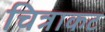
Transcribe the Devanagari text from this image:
चित्राकट